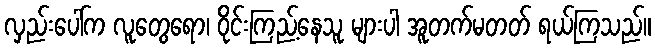
လှည်းပေါ်က လူတွေရော၊ ဝိုင်းကြည့်နေသူ များပါ အူတက်မတတ် ရယ်ကြသည်။